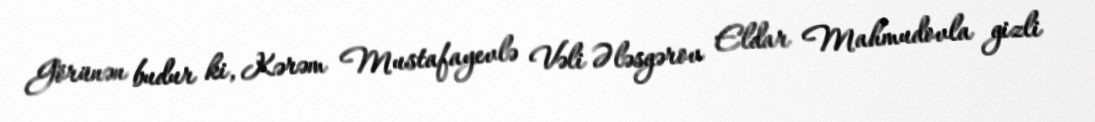
Görünən budur ki, Kərəm Mustafayevlə Vəli Ələsgərov Eldar Mahmudovla gizli